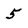
Character: 5